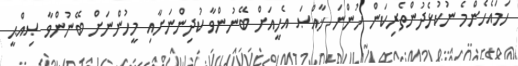
ހަމައެހެންމެ ނުކުޅެދުންތެރިކަން ހުންނަ ޚާއްޞަ އެހީއަށް ބޭނުންވާ ކުދިންނަށާއި މީހުންނަށް ބޭނުންވާ ޞިއްޙީ